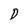
Character: D